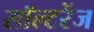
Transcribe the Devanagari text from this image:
सॉल्टरेंज